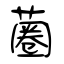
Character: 蔨